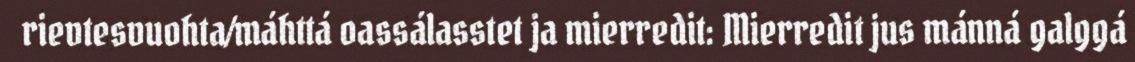
rievtesvuohta/máhttá oassálasstet ja mierredit: Mierredit jus mánná galggá